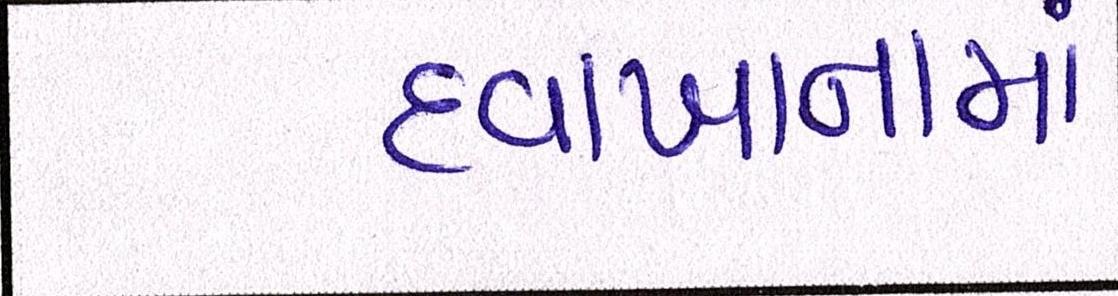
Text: દવાખાનામાં